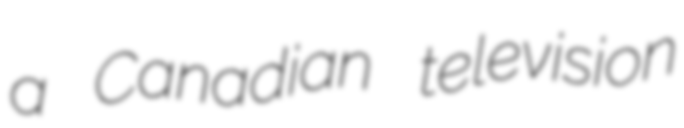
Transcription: a Canadian television